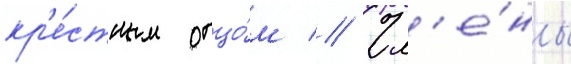
кр'е́стным отцо́м // Чл'е́ны